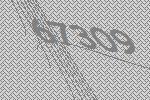
67309